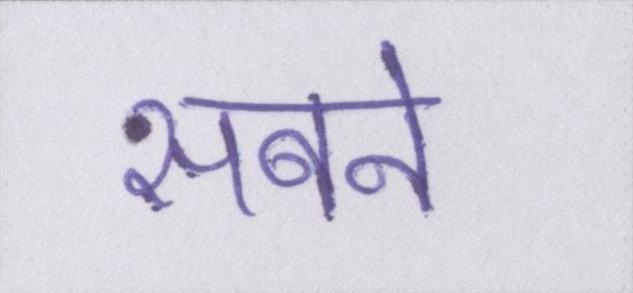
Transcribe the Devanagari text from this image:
सबने